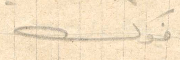
اخوك